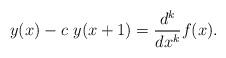
LaTeX: \begin{align*}y(x)-c~y(x+1)=\frac{d^k}{dx^k}f(x).\end{align*}